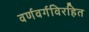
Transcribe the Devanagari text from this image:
वर्णवर्गविरहित